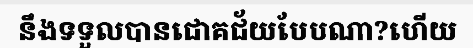
នឹងទទួលបានជោគជ័យបែបណា?ហើយ